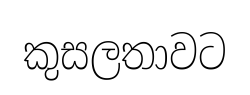
කුසලතාවට